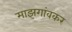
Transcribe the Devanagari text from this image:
माझगांवकर